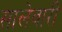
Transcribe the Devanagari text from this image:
सालेवारी